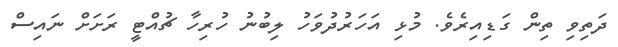
ދަތިވި ތިން ގަޑިއިރެވެ. މުޅި އަހަރުދުވަހު ލިބުނު ހުރިހާ ޗުއްޓީ ރަށަށް ނައިސް